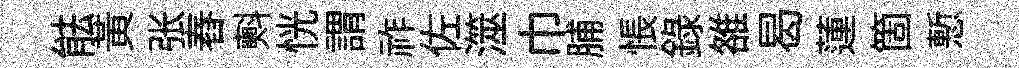
䏻黄张舂㪺恍謂祚佐澨巾脯悵録雒曷蓮箇慙